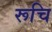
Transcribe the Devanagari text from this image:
रूचि